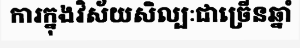
ការក្នុងវិស័យសិល្បៈជាច្រើនឆ្នាំ